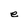
Character: e